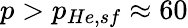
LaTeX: p>p_{He,sf}\approx 60